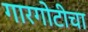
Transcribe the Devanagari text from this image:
गारगोटीचा